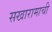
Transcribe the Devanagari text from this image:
सखारामाची